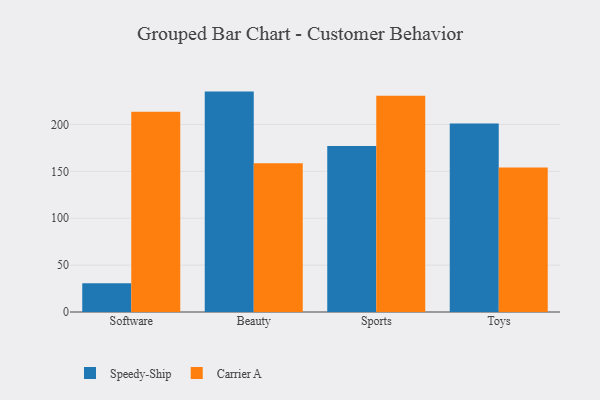
{"axis": {"x": "Category", "y": "Churn Rate (%)"}, "legend": ["Carrier A", "Speedy-Ship"], "data": [{"x": "Software", "y": 30.7, "type": "Speedy-Ship"}, {"x": "Software", "y": 213.4, "type": "Carrier A"}, {"x": "Beauty", "y": 235.0, "type": "Speedy-Ship"}, {"x": "Beauty", "y": 158.6, "type": "Carrier A"}, {"x": "Sports", "y": 177.0, "type": "Speedy-Ship"}, {"x": "Sports", "y": 230.6, "type": "Carrier A"}, {"x": "Toys", "y": 201.1, "type": "Speedy-Ship"}, {"x": "Toys", "y": 154.0, "type": "Carrier A"}]}